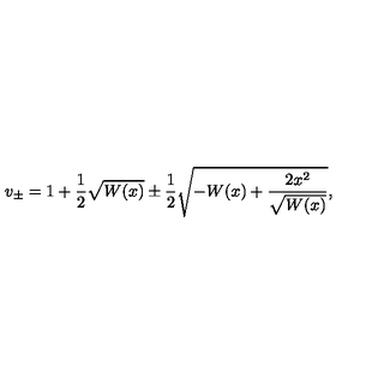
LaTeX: v _ { \pm } = 1 + \frac { 1 } { 2 } \sqrt { W ( x ) } \pm \frac { 1 } { 2 } \sqrt { - W ( x ) + \frac { 2 x ^ { 2 } } { \sqrt { W ( x ) } } } ,